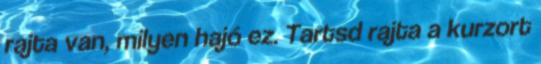
rajta van, milyen hajó ez. Tartsd rajta a kurzort